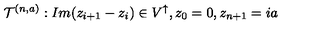
\mathcal { T } ^ { ( n , a ) } : I m ( z _ { i + 1 } - z _ { i } ) \in V ^ { \uparrow } , z _ { 0 } = 0 , z _ { n + 1 } = i a